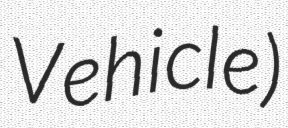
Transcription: Vehicle)